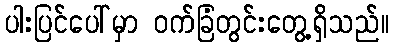
ပါးပြင်ပေါ်မှာ ဝက်ခြံတွင်းတွေ့ရှိသည်။